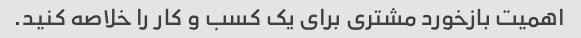
اهمیت بازخورد مشتری برای یک کسب و کار را خلاصه کنید.